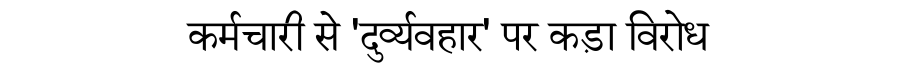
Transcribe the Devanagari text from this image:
कर्मचारी से 'दुर्व्यवहार' पर कड़ा विरोध